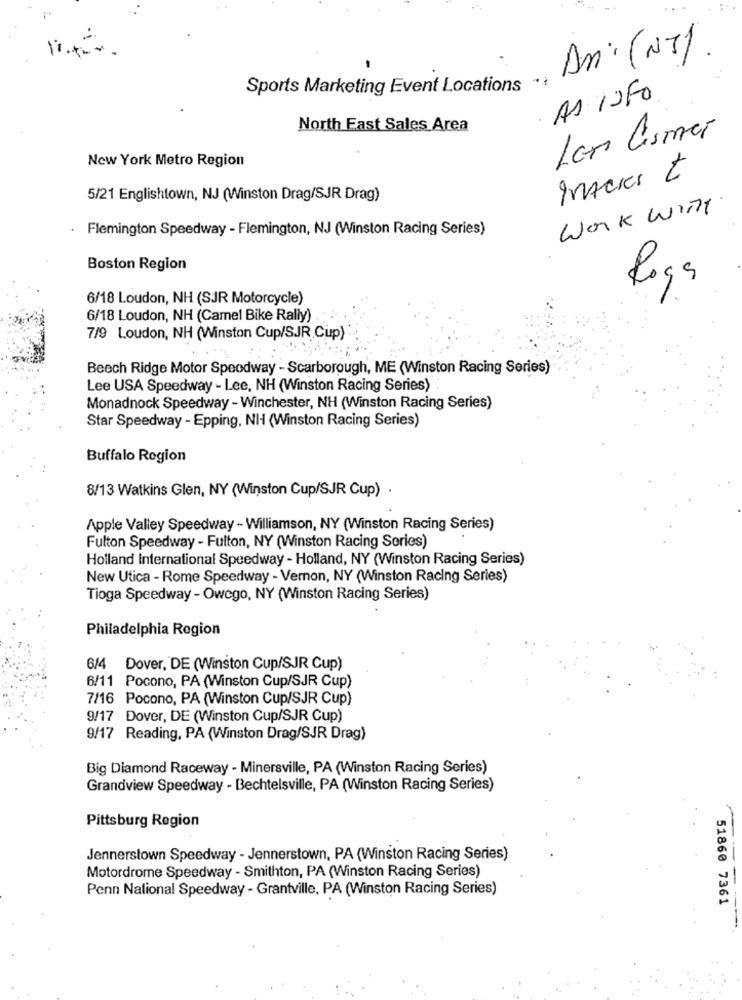
Dr. (NT)
Sports Marketing Event Locations .
AS INFO
North East Sales Area
Lan Cismar
New York Metro Region
MAcias t
5/21 Englishtown, NJ (Winston Drag/SJR Drag)
Work With
. Flemington Speedway - Flemington, NJ (Winston Racing Series)
Boston Region
Roga
6/18 Loudon, NH (SJR Motorcycle)
6/18 Loudon, NH (Camel Bike Rally) .
7/9 Loudon, NH (Winston Cup/SJR Cup)
Beech Ridge Motor Speedway - Scarborough, ME (Winston Racing Series)
Lee USA Speedway - Lee, NH (Winston Racing Series)
Monadnock Speedway - Winchester, NH (Winston Racing Series)
Star Speedway - Epping, NH (Winston Racing Series)
Buffalo Region
8/13 Watkins Glen, NY (Winston Cup/SJR Cup) .
Apple Valley Speedway - Williamson, NY (Winston Racing Series)
Fulton Speedway - Fulton, NY (Winston Racing Series)
Holland International Speedway - Holland, NY (Winston Racing Series)
New Utica - Rome Speedway - Vernon, NY (Winston Racing Series)
Tioga Speedway - Owego, NY (Winston Racing Series)
Philadelphia Region
6/4
Dover, DE (Winston Cup/SJR Cup)
6/11 Pocono, PA (Winston Cup/SJR Cup)
7/16 Pocono, PA (Winston Cup/SJR Cup)
9/17 Dover, DE (Winston Cup/SJR Cup)
9/17 Reading, PÅ (Winston Drag/SJR Drag)
Big Diamond Raceway - Minersville, PA (Winston Racing Series)
Grandview Speedway - Bechtelsville, PA (Winston Racing Series)
Pittsburg Region
Jennerstown Speedway - Jennerstown, PA (Winston Racing Series)
Motordrome Speedway - Smithton, PA (Winston Racing Series)
Penn National Speedway - Grantville, PA (Winston Racing Series)
51860 7361